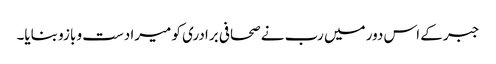
جبر کے اس دور میں رب نے صحافی برادری کو میرا دست و بازو بنایا۔